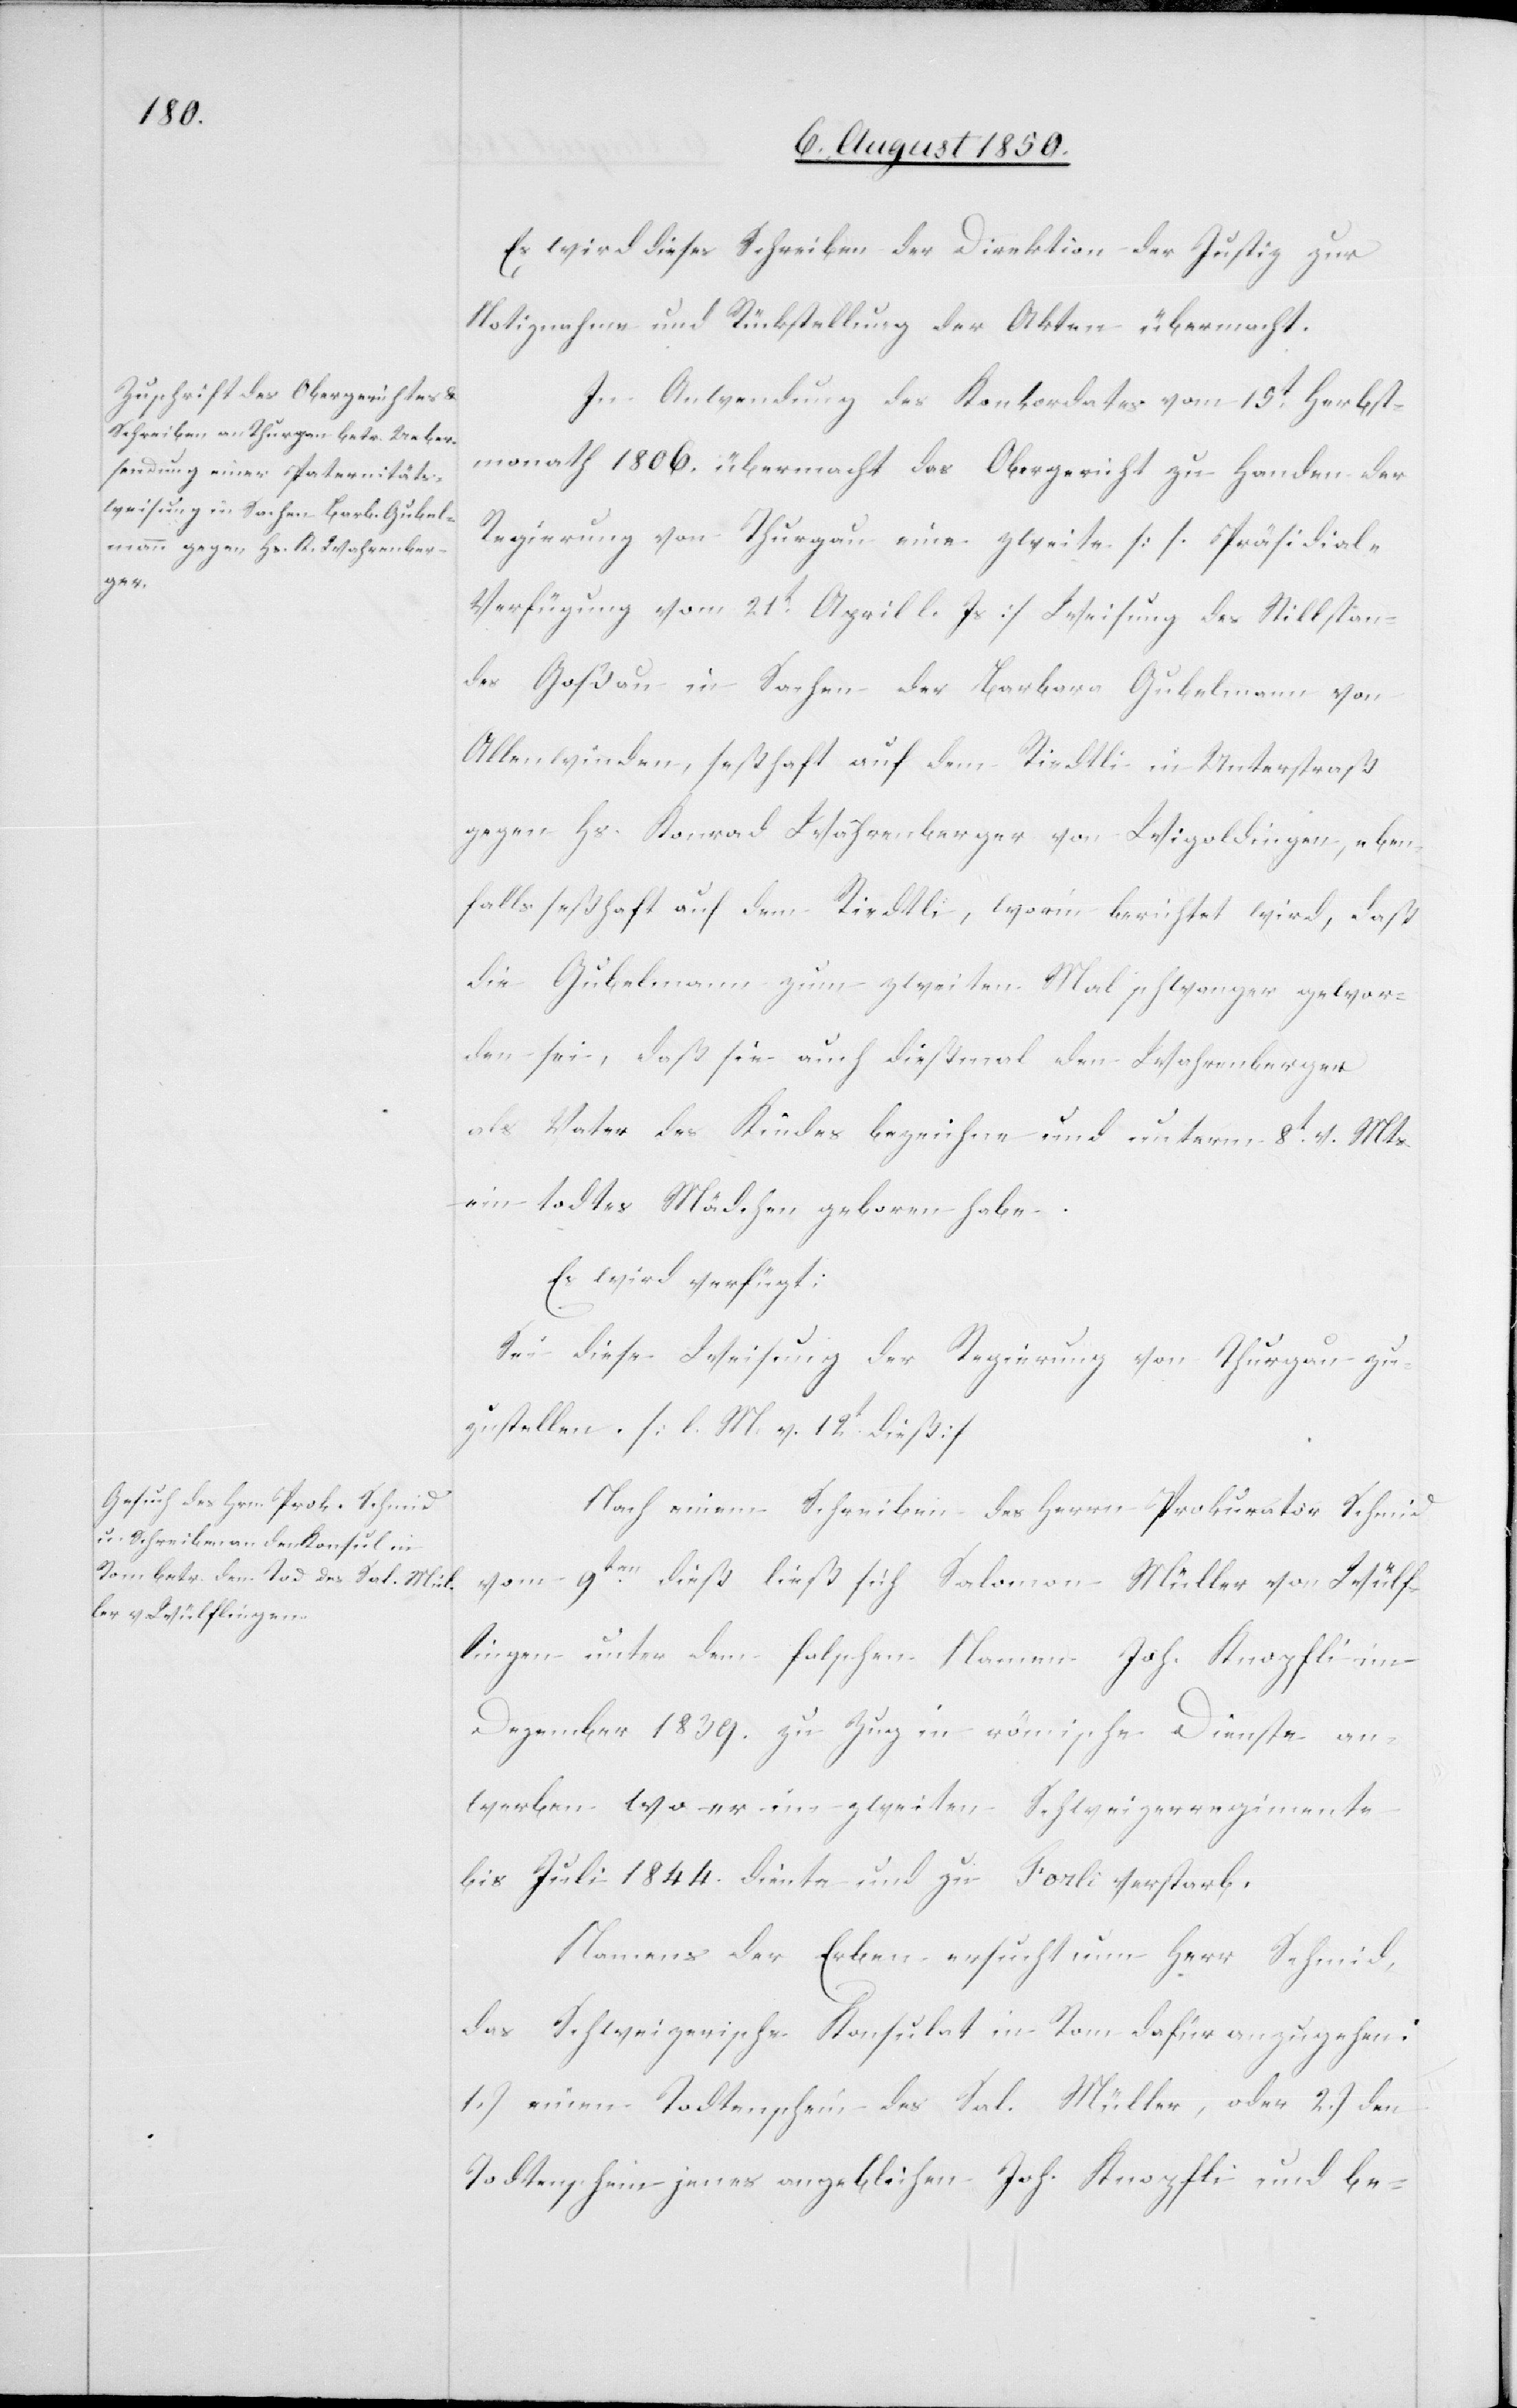
Es wird dieses Schreiben der Direktion der Justiz zur
Notiznahme und Rückstellung der Akten übermacht.
In Anwendung des Konkordates vom 15t Herbst¬
monath 1806. übermacht das Obergericht zu Handen der
Regierung von Thrugau eine zweite [s. Präsidial-V¬
erfügung vom 21t April l. Js.] Weisung des Stillstan¬
des Goßau in Sachen der Barbara Gubelmann von
Allenwinden, seßhaft auf dem Riedtli in Unterstraß
gegen Hs. Konrad Wahrenberger von Wigoldingen, eben¬
falls seßhaft auf dem Riedtli, worin berichtet wird, daß
die Gubelmann zum zweiten Mal schwanger gewor¬
den sei, daß sie auch dießmal den Wahrenberger
als Vater des Kindes bezeichne und unterm 8t v. Mts.
ein todtes Mädchen geboren habe.
Es wird verfügt:
Sei diese Weisung der Regierung von Thurgau zu¬
zustellen. [l. M. v. 12t dieß]
Nach einem Schreiben des Herrn Prokurator Schmid
vom 9ten dieß ließ sich Salomon Müller von Wülf¬
lingen unter dem falschen Namen Joh. Knopfli im
Dezember 1839. zu Zug in römische Dienste an¬
werben wo er im zweiten Schweizerregimente
bis Juli 1844. diente und zu Forli verstarb.
Namens der Erben ersucht nun Herr Schmid,
das Schweizerische Konsulat in Rom dafür anzugehen:
1.) einen Todtenschein des Sal. Müller, oder 2.) den
Todtenschein jenes angeblichen Joh. Knopfli und be-